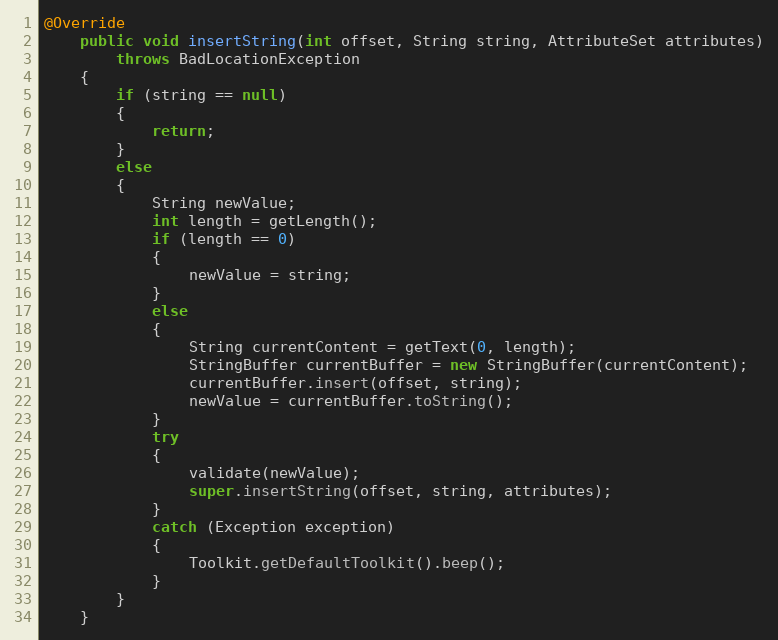
Language: Java
@Override
	public void insertString(int offset, String string, AttributeSet attributes)
		throws BadLocationException
	{
		if (string == null)
		{
			return;
		}
		else
		{
			String newValue;
			int length = getLength();
			if (length == 0)
			{
				newValue = string;
			}
			else
			{
				String currentContent = getText(0, length);
				StringBuffer currentBuffer = new StringBuffer(currentContent);
				currentBuffer.insert(offset, string);
				newValue = currentBuffer.toString();
			}
			try
			{
				validate(newValue);
				super.insertString(offset, string, attributes);
			}
			catch (Exception exception)
			{
				Toolkit.getDefaultToolkit().beep();
			}
		}
	}